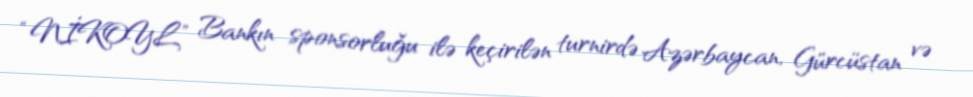
“NİKOYL” Bankın sponsorluğu ilə keçirilən turnirdə Azərbaycan, Gürcüstan və